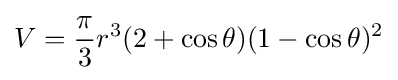
V={\frac {\pi }{3}}r^{3}(2+\cos \theta )(1-\cos \theta )^{2}